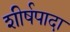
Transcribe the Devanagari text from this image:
शीर्षपादा